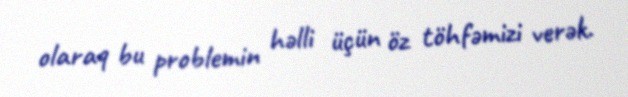
olaraq bu problemin həlli üçün öz töhfəmizi verək.